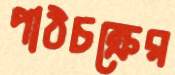
পাঠচক্রের